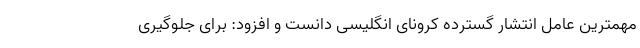
مهمترین عامل انتشار گسترده کرونای انگلیسی دانست و افزود: برای جلوگیری